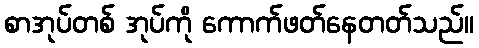
စာအုပ်တစ် အုပ်ကို ကောက်ဖတ်နေတတ်သည်။